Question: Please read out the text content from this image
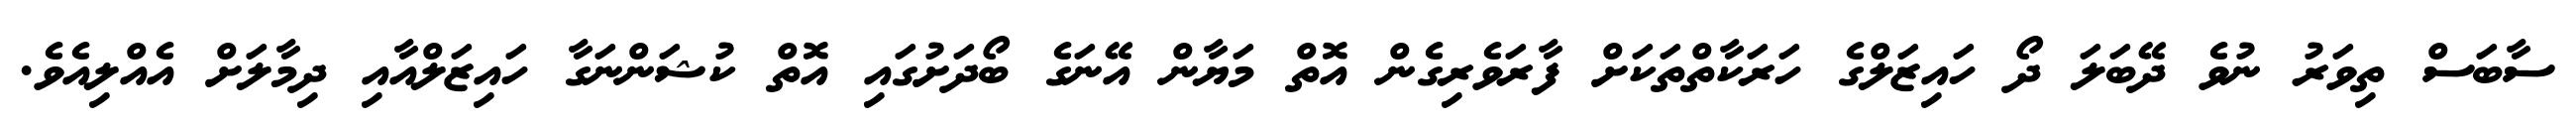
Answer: ސާބަސް ތިވަރު ނުވެ ދޭބަލަ ދޯ ހައިޒަލްގެ ހަރަކާތްތަކަށް ފާރަވެރިގެން އޮތް މަޔާން އޭނަގެ ބޯދަށުގައި އޮތް ކުޝަންނަގާ ހައިޒަލްއާއި ދިމާލަށް އެއްލިއެވެ.